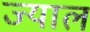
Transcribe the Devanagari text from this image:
ज्याल